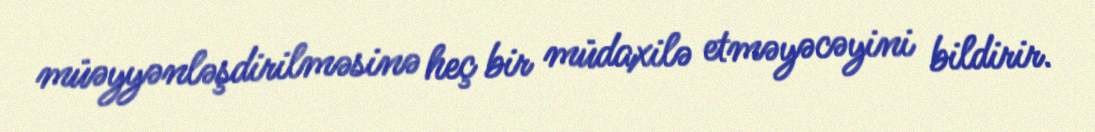
müəyyənləşdirilməsinə heç bir müdaxilə etməyəcəyini bildirir.